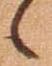
候